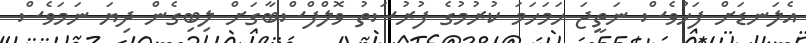
އެލަނޑަށް ފަހުވެސް ނަތީޖަ ހަމަހަމަ ކުރުމުގެ ފުރުސަތު ވޮލްފްސްބާގަށް ލިބިގެން ދިޔަ ނަމަވެސް